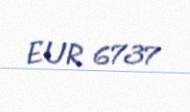
EUR 6737